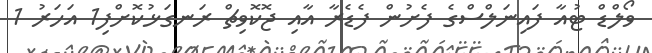
ވޯލްޑް ޓުއާ ފައިނަލްސްގެ ފެށުން ފެޑެރާ އާއި ޖޮކޮވިޗް ރަނގަޅުކޮށްފި1 އަހަރު 1